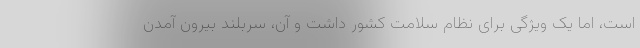
است، اما یک ویژگی برای نظام سلامت کشور داشت و آن، سربلند بیرون آمدن